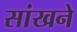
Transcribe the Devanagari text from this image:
सांखने